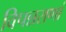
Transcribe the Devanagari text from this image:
विपन्नराणां